Insane asylums Bombay 1873-77 - 1873-1877
Year: 1873
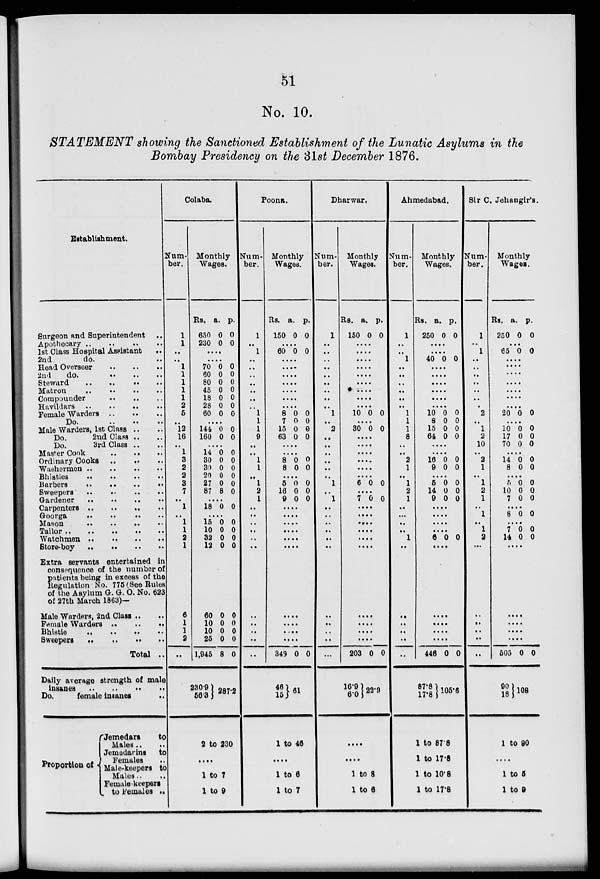
51
No. 10.
STATEMENT showing the Sanctioned Establishment of the Lunatic Asylums in the
Bombay Presidency on the 31st December 1876.
Establishment.
Surgeon and Superintendent ..
Apothecary
..
..
..
..
1st Class Hospital Assistant
..
2nd
do. ..
Head Overseer
..
..
..
2nd
do.
..
..
..
Steward
..
..
..
..
Matron
..
..
..
..
Compounder
..
..
..
Havildars
..
..
..
..
Female Warders
..
..
..
Do.
..
..
..
Male Warders, 1st Class .. ..
Do.
2nd Class .. ..
Do.
3rd Class .. ..
Master Cook .. .. ..
Ordinary Cooks
..
..
..
Washermen
..
..
..
..
Bhisties
..
..
..
..
Barbers
..
..
..
..
Sweepers
..
..
..
..
Gardener
..
..
..
..
Carpenters .. .. .. ..
Goorga .. .. .. ..
Mason
..
..
..
..
Tailor
..
..
..
..
..
Watchmen
..
..
..
..
Store-boy .. .. .. ..
Extra servants entertained in
consequence of the number of
patients being in excess of the
Regulation No. 775 (See Rules
of the Asylum G. G. O. No. 623
of 27th March 1863)—
Male Warders, 2nd Class .. ..
Female Warders
..
..
..
Bhistie
..
..
..
..
Sweepers .. .. .. ..
Total ..
Daily average strength of male
insanes
..
..
..
..
Do.
female insanes ..
Proportion of
Jemedars
to
Males .. ..
Jemedarins
to
Females ..
Male-keepers to
Males ..
..
Female-keepers
to Females ..
Colaba.
Num-
ber.
1
1
..
..
1
1
1
1
1
2
5
..
12
16
..
1
3
2
2
3
7
..
1
..
1
1
2
1
6
1
1
2
..
Monthly
Wages.
Rs.
650
230
a.
0
0
p.
0
0
....
....
70
60
80
45
18
28
60
0
0
0
0
0
0
0
0
0
0
0
0
0
0
....
144
160
0
0
0
0
....
14
30
30
20
27
87
0
0
0
0
0
8
0
0
0
0
0
0
....
18 0 0
....
15
10
32
12
0
0
0
0
0
0
0
0
60
10
10
25
1,945
230.9
56.3
0
0
0
0
8
0
0
0
0
0
287.2
2 to 230
....
1 to 7
1 to 9
Poona.
Num-
ber.
1
..
1
..
..
..
..
..
..
..
1
1
1
9
..
..
1
1
..
1
2
1
..
..
..
..
..
..
..
..
..
..
..
Monthly
Wages.
Rs.
150
a.
0
p.
0
....
60 0 0
....
....
....
....
....
....
....
8
7
15
63
0
0
0
0
0
0
0
0
....
....
8
8
0
0
0
0
....
5
16
9
0
0
0
0
0
0
....
....
....
....
....
....
....
....
....
....
349
46
15
0 0
61
1 to 46
....
1 to 6
1 to 7
Dharwar.
Num-
ber.
1
..
..
..
..
..
..
..
..
..
1
..
2
..
..
..
..
..
..
1
..
1
..
..
..
..
..
..
..
..
..
..
..
Monthly
Wages.
Rs.
150
a.
0
p.
0
....
....
....
....
....
....
....
....
....
10 0 0
....
30 0 0
....
....
....
....
....
....
6 0 0
....
7 0 0
....
....
....
....
....
....
....
....
....
....
203
16.9
6.0
0 0
22.9
....
....
1 to 8
1 to 6
Ahmedabad.
Num-
ber.
1
..
..
1
..
..
..
..
..
..
1
1
1
8
..
..
2
1
..
1
2
1
..
...
..
..
1
..
..
..
..
..
..
Monthly
Wages.
Rs.
250
a.
0
p.
0
....
....
40 0 0
....
....
....
....
....
....
10
8
15
64
0
0
0
0
0
0
0
0
....
....
16
9
0
0
0
0
....
5
14
9
0
0
0
0
0
0
....
....
....
....
6 0 0
....
....
....
....
....
446
87.8
17.8
0 0
105.6
1 to 87.8
1 to 17.8
1 to 10.8
1 to 17.8
Sir C. Jehangir's.
Num-
ber.
1
..
1
..
..
..
..
..
..
..
2
..
1
2
10
..
2
..
..
..
..
..
..
..
..
..
2
..
..
..
..
..
..
Monthly
Wages.
Rs.
250
a.
0
p.
0
....
65 0 0
....
....
....
....
....
....
....
20 0 0
....
10
17
70
0
0
0
0
0
0
....
14
8
0
0
0
0
....
5
10
7
0
0
0
0
0
0
....
8 0 0
....
7
14
0
0
0
0
....
....
....
....
....
505
90
18
0 0
108
1 to 90
....
1 to 5
1 to 9